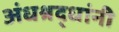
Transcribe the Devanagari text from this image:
अंधश्रद्धांनी